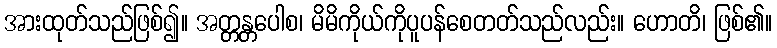
အားထုတ်သည်ဖြစ်၍။ အတ္တန္တပေါစ၊ မိမိကိုယ်ကိုပူပန်စေတတ်သည်လည်း။ ဟောတိ၊ ဖြစ်၏။